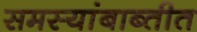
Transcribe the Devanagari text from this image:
समस्यांबाब्तीत